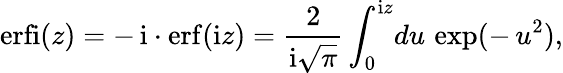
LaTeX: \mathrm{erfi}(z)=-\, \mathrm{i}\cdot\mathrm{erf}(\mathrm{i}z)=\frac{2}{\mathrm{i}\sqrt{\pi}}\int_{0}^{\mathrm{i}z}\! du\, \exp(-\, u^{2}),